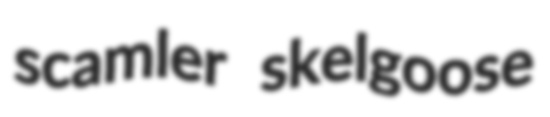
scamler skelgoose